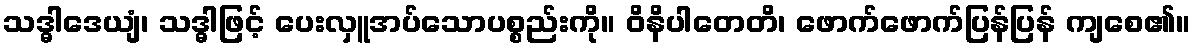
သဒ္ဓါဒေယျံ၊ သဒ္ဓါဖြင့် ပေးလှူအပ်သောပစ္စည်းကို။ ဝိနိပါတေတိ၊ ဖောက်ဖောက်ပြန်ပြန် ကျစေ၏။